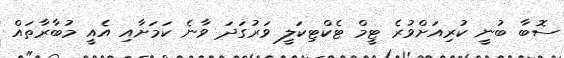
ސޮބާ ބުނީ ކުރިއަށްވުރެ ޓީމް ޓެކްޓިކަލީ ވަރުގަދަ ވާނެ ކަމަށާއި އެއީ މުބާރާތައް